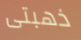
ذهبتى